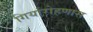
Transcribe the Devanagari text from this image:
गिर्यारोहणास